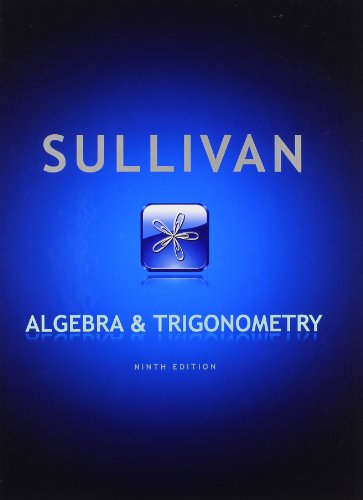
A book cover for Algebra and Trigonometry (9th Edition); Michael Sullivan; Science & Math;